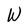
Character: W